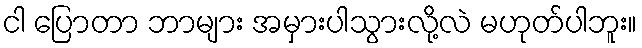
ငါ ပြောတာ ဘာများ အမှားပါသွားလို့လဲ မဟုတ်ပါဘူး။